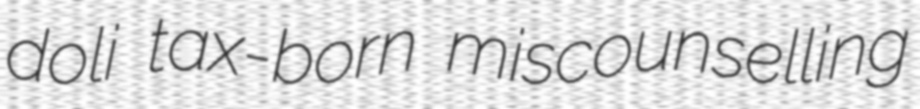
doli tax-born miscounselling